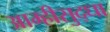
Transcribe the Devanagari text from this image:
आम्हीसुद्धा